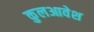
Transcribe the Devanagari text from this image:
कुलआवेश